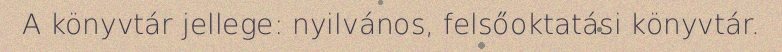
A könyvtár jellege: nyilvános, felsőoktatási könyvtár.